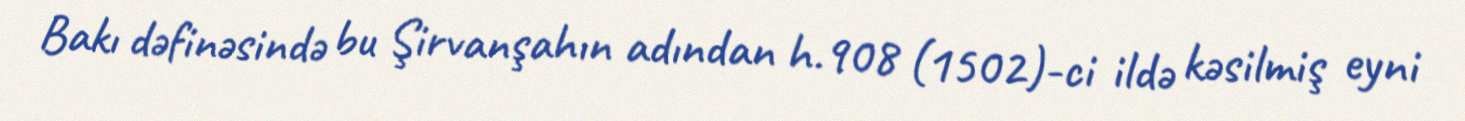
Bakı dəfinəsində bu Şirvanşahın adından h.908 (1502)-ci ildə kəsilmiş eyni